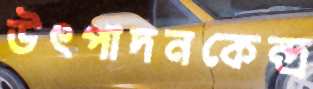
উৎপাদনকেন্দ্র